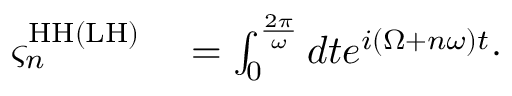
\begin{array} { r l } { \varsigma _ { n } ^ { \mathrm { H H } ( \mathrm { L H } ) } } & { { } = \int _ { 0 } ^ { \frac { 2 \pi } { \omega } } d t e ^ { i ( \Omega + n \omega ) t } \cdot } \end{array}